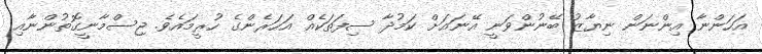
އަހަންނާ އިންނަން ނިޔާޒު ބޭނުންވަނީ އޭނައަށް ކަމުދާ ސިފަތަކެއް އަހަރެންގެ ހުރީމައެވެ. ޖިސްމާނީގޮތުންނާއި